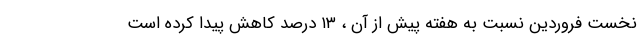
نخست فروردین نسبت به هفته پیش از آن ، ۱۳ درصد کاهش پیدا کرده است